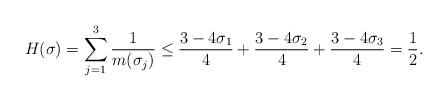
LaTeX: \begin{align*}H(\sigma)&=\sum_{j=1}^3\frac {1}{m(\sigma_j)} \le \frac{3-4\sigma_1}{4}+\frac{3-4\sigma_2}{4}+\frac{3-4\sigma_3}{4}=\frac 12.\end{align*}